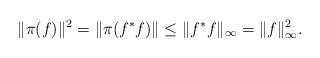
LaTeX: \begin{align*}\|\pi(f)\|^2 =\|\pi(f^*f)\| \leq \|f^*f\|_{\infty} = \|f\|^2_{\infty}.\end{align*}